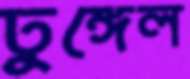
ঢুঙ্গেল